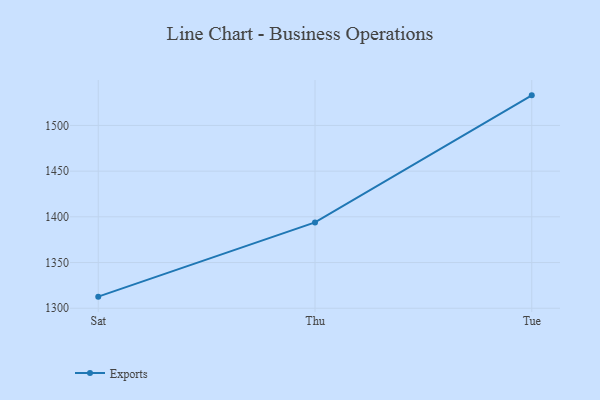
{"axis": {"x": "Day", "y": "Headcount"}, "legend": ["Exports"], "data": [{"x": "Sat", "y": 1312.7, "type": "Exports"}, {"x": "Thu", "y": 1393.9, "type": "Exports"}, {"x": "Tue", "y": 1532.9, "type": "Exports"}]}